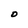
Character: 0